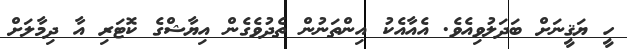
ހީ ޔަޤީނަށް ބަދަލުވިއެވެ. އެއާއެކު އިންތަނުން ތެދުވެގެން އިޔާޝްްގެ ކޮޓަރި އާ ދިމާލަށް